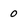
Character: 0